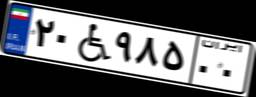
۲۰W۹۸۵۰۰